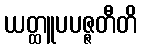
ယတ္ထူပပဇ္ဇတီတိ